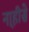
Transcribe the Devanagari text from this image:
ना्हीसे